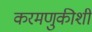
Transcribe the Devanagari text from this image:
करमणुकीशी